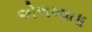
એળખાતા